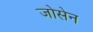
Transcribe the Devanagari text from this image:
जोसेन